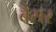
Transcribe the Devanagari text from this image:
बैसर